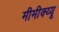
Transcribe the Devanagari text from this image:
मीमीक्य्यू